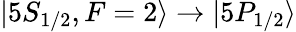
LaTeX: |5S_{1/2},F=2\rangle\rightarrow|5P_{1/2}\rangle